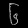
Digit: ၆